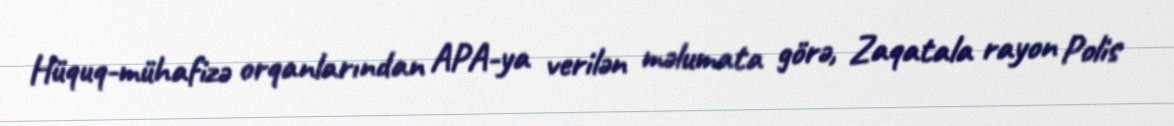
Hüquq-mühafizə orqanlarından APA-ya verilən məlumata görə, Zaqatala rayon Polis